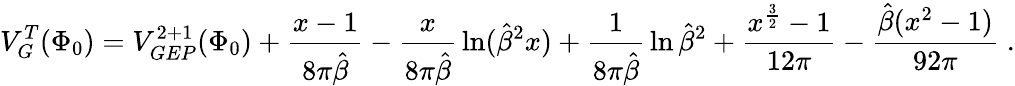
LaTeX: V_{G}^{T}(\Phi_{0})=V_{GEP}^{2+1}(\Phi_{0})+\frac{x-1}{8\pi\hat{\beta}}-{\frac{x}{8\pi\hat{\beta}}}\ln({\hat{\beta}}^{2}x)+{\frac{1}{8\pi\hat{\beta}}}\ln{\hat{\beta}}^{2}+\frac{x^{\frac{3}{2}}-1}{12\pi}-\frac{\hat{\beta}(x^{2}-1)}{92\pi}\; .